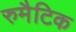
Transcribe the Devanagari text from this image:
रुमैटिक